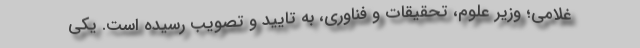
غلامی؛ وزیر علوم، تحقیقات و فناوری، به تایید و تصویب رسیده است. یکی